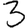
Digit: 3